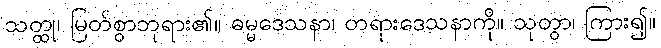
သတ္ထု၊ မြတ်စွာဘုရား၏။ ဓမ္မဒေသနာ၊ တရားဒေသနာကို။ သုတွာ၊ ကြား၍။